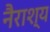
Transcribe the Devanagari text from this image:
नैराश्‍य